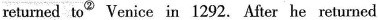
After 17 years in China, Marco and his family returned toA^{②} Venice in 1292. After he returned